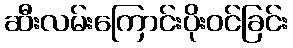
ဆီးလမ်းကြောင်းပိုးဝင်ခြင်း